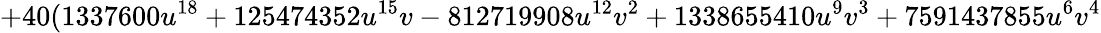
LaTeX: +40(1337600u^{18}+125474352u^{15}v-812719908u^{12}v^{2}+1338655410u^{9}v^{3}+7591437855u^{6}v^{4}